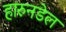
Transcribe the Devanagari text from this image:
हारुनडेल